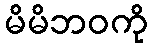
မိမိဘဝကို